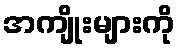
အကျိုးများကို